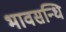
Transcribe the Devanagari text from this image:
भावसन्धि